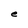
Character: e